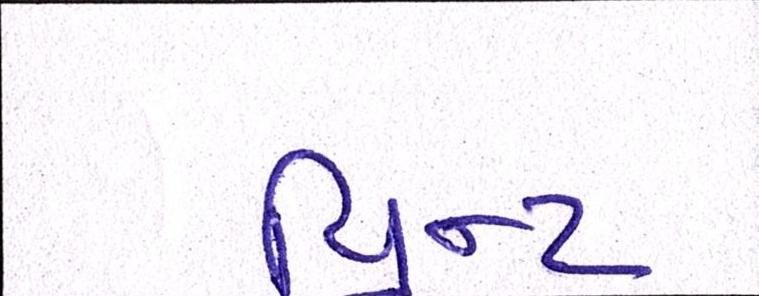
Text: પ્રિન્ટ